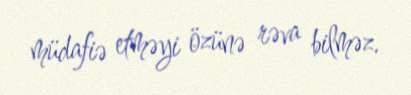
müdafiə etməyi özünə rəva bilməz.